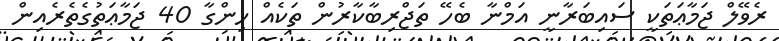
ރެވޭލް ޖަމާޢަތަކީ ސައިބަރާނީ އަމްނާ ބެހޭ ތަޖްރިބާކާރުން ތަކެއް ހިންގާ 40 ޖަމާޢަތުގެތެރެއިން